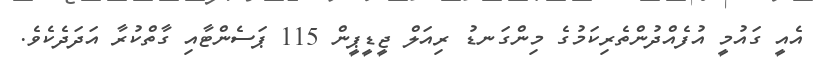
އެއީ ގައުމީ އުފެއްދުންތެރިކަމުގެ މިންގަނޑު ރިއަލް ޖީޑީޕީން 115 ޕަސެންޓާއި ގާތްކުރާ އަދަދެކެވެ.